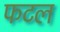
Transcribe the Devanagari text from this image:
फटल